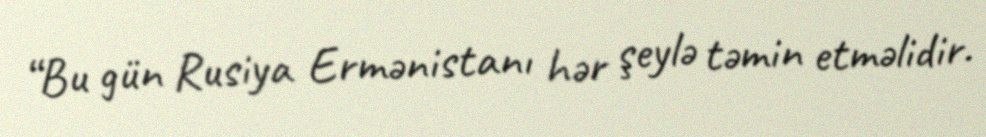
“Bu gün Rusiya Ermənistanı hər şeylə təmin etməlidir.